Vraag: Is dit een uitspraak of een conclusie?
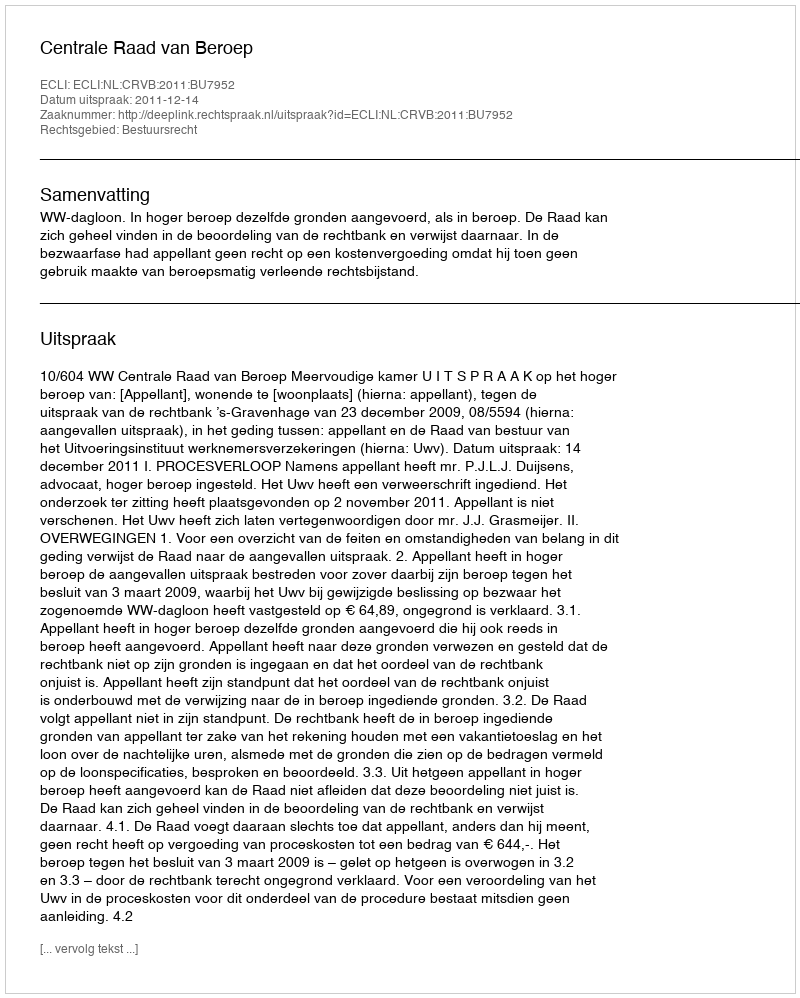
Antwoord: Uitspraak